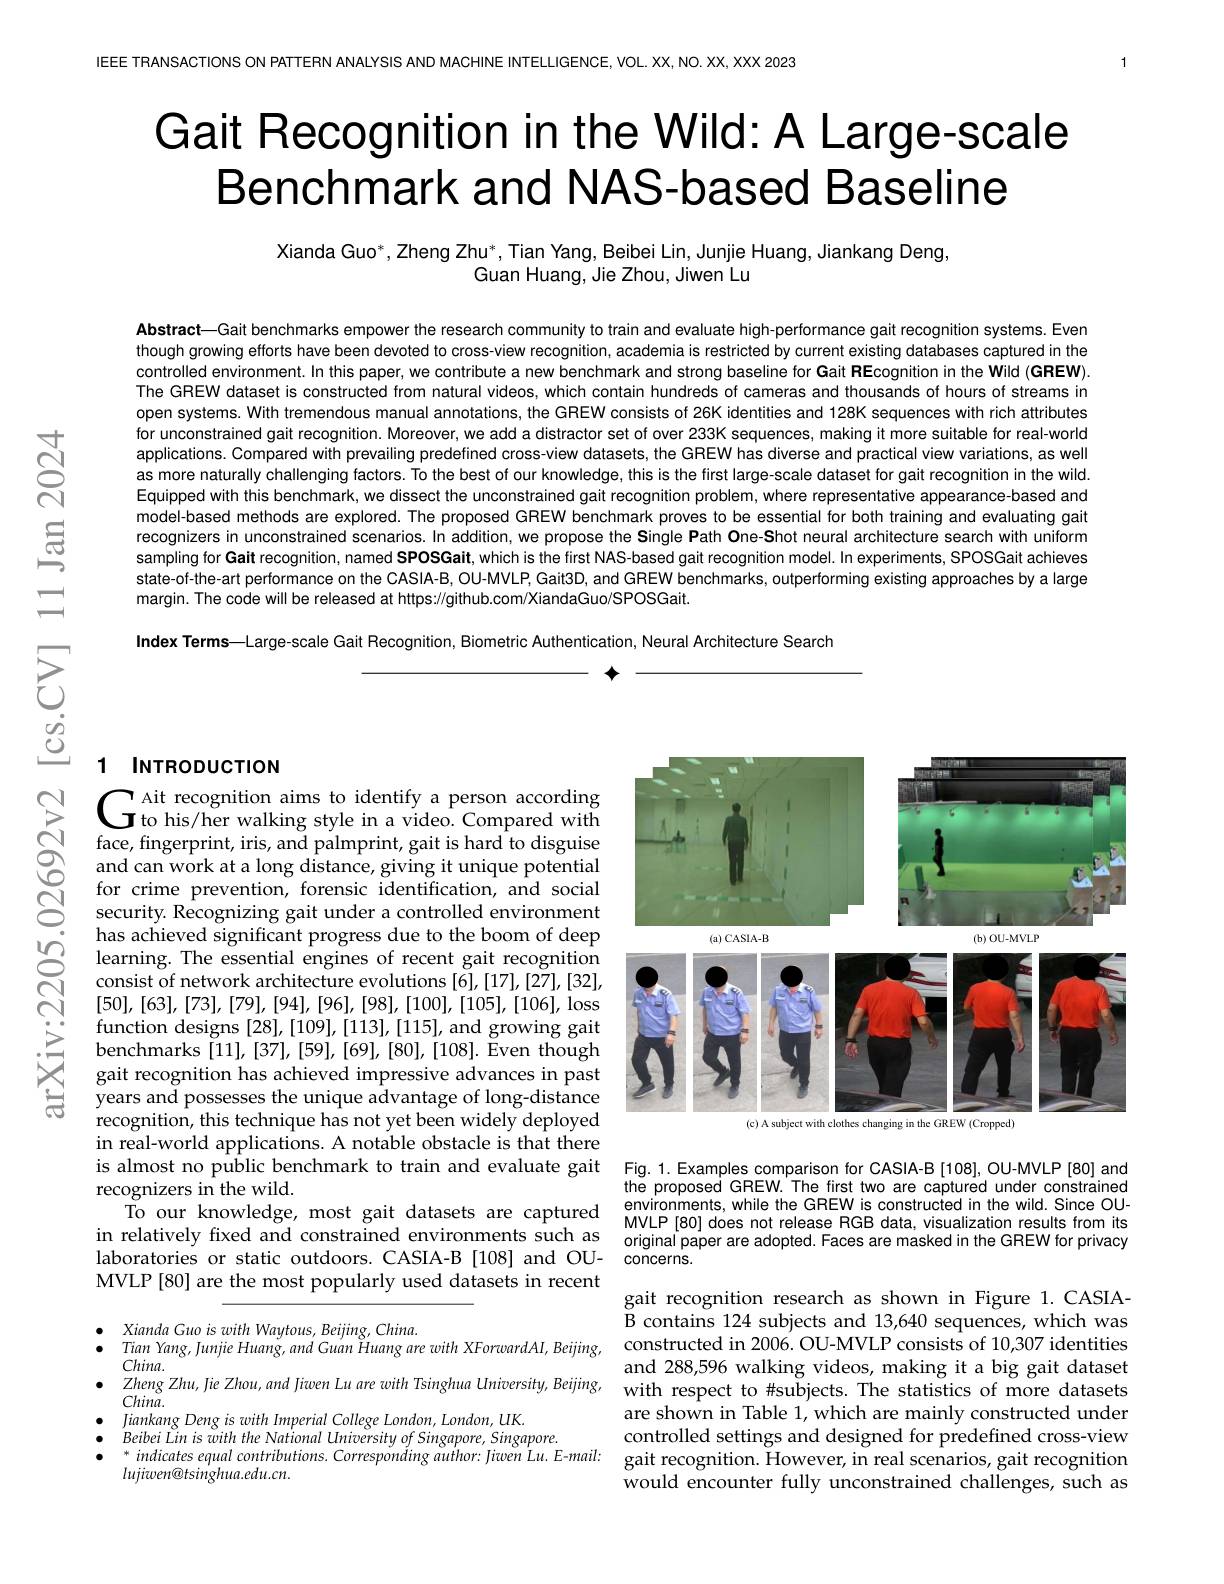
IEEE TRANSACTIONS ON PATTERN ANALYSIS AND MACHINE INTELLIGENCE, VOL. XX, NO. XX, XXX 2023

# Gait Recognition in the Wild: A Large-scale Benchmark and NAS-based Baseline

Xianda Guo*, Zheng Zhu*, Tian Yang, Beibei Lin, Junjie Huang, Jiankang Deng,
Guan Huang, Jie Zhou, Jiwen Lu

Abstract—Gait benchmarks empower the research community to train and evaluate high-performance gait recognition systems. Even though growing efforts have been devoted to cross-view recognition, academia is restricted by current existing databases captured in the controlled environment. In this paper, we contribute a new benchmark and strong baseline for Gait REcognition in the Wild (GREW). The GREW dataset is constructed from natural videos, which contain hundreds of cameras and thousands of hours of streams in open systems. With tremendous manual annotations, the GREW consists of 26K identities and 128K sequences with rich attributes for unconstrained gait recognition. Moreover, we add a distractor set of over 233K sequences, making it more suitable for real-world applications. Compared with prevailing predefined cross-view datasets, the GREW has diverse and practical view variations, as well as more naturally challenging factors. To the best of our knowledge, this is the first large-scale dataset for gait recognition in the wild. Equipped with this benchmark, we dissect the unconstrained gait recognition problem, where representative appearance-based and model-based methods are explored. The proposed GREW benchmark proves to be essential for both training and evaluating gait recognizers in unconstrained scenarios. In addition, we propose the Single Path One-Shot neural architecture search with uniform sampling for Gait recognition, named SPOSGait, which is the first NAS-based gait recognition model. In experiments, SPOSGait achieves state-of-the-art performance on the CASIA-B, OU-MVLP, Gait3D, and GREW benchmarks, outperforming existing approaches by a large margin. The code will be released at https://github.com/XiandaGuo/SPOSGait.

Index Terms—Large-scale Gait Recognition, Biometric Authentication, Neural Architecture Search

### 1 INTRODUCTION

has achieved significant progress due to the boom of deep learning. The essential engines of recent gait recognition consist of network architecture evolutions [6],[17],[27],[32], [50],[63],[73],[79],[94],[96],[98],[100],[105],[106],loss function designs [28],[109],[113],[115],and growing gait benchmarks [11],[37],[59],[69],[80],[108]. Even though gait recognition has achieved impressive advances in past years and possesses the unique advantage of long-distance recognition, this technique has not yet been widely deployed in real-world applications. A notable obstacle is that there is almost no pûblic benchmark to train and evaluate gait Fig.1.Examples comparison for CASIA-B [108], OU-MVLP [80] and
recognizers in the wild.
To our knowledge, most gait datasets are captured $\begin{array}{cc}\text{envronments,whle the GHEWis construced the wild.Since OU-}\\\text{moltivolv fivad and conctrinatrind onvirenmats captured MVLP[80] does not release RGB data, visualization resuits from its}\end{array}$ in relatively fixed and constrained environments such as originalpaper are adopted.Faces are masked in the GREW for privacy laboratories or static outdoors. CASIA-B [108] and OU- concerns.
MVLP[80] are the most popularly used datasets in recent

$\bullet$ Xianda Guo is with Waytous, Beijing, China.
$China.$ $Chin\u{a}.$
$\bullet$ Jiankang Deng is with Imperial College London, London, UK.
Beibei Lin is with the National University of Singapore, Singapore.
$\bullet$
lujiwen@tsinghua.edu.cn.

<FigureHere>
with clothes
the GREW (Cres Gres GREW (Cres

the proposed GREW. The first two are captured under constrained environments, while the GREW is constructed in the wild. Since OU-

gait recognition research as shown in Figure 1.CASIAB contains 124 subjects and 13,640 sequences, which was
$\bullet$ Tian Yang, Junjie Huang, and Guan Huang are with XForwardAI, Beijing, constructed in 2006. OU-MVLP consists of 10,307 identities
and 288,596 walking videos, making it a big gait dataset
Zheng Zhu, Jie Zhou, and Jivcen Lu are with Tsinghua University, Beijing, with respect to subjects. The statistics of more datasets China
are shown in Table 1, which are mainly constructed under controlled settings and designed for predefined cross-view
$^{*}$ indicates equal contributions. Corresponding author: Jivven Lu. E-mail: gait recognition. However, in real scenarios, gait recognition
would encounter fully unconstrained challenges, such as